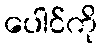
ပေါင်ကို